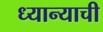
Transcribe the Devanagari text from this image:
ध्यान्याची